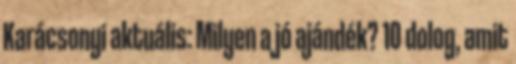
Karácsonyi aktuális: Milyen a jó ajándék? 10 dolog, amit